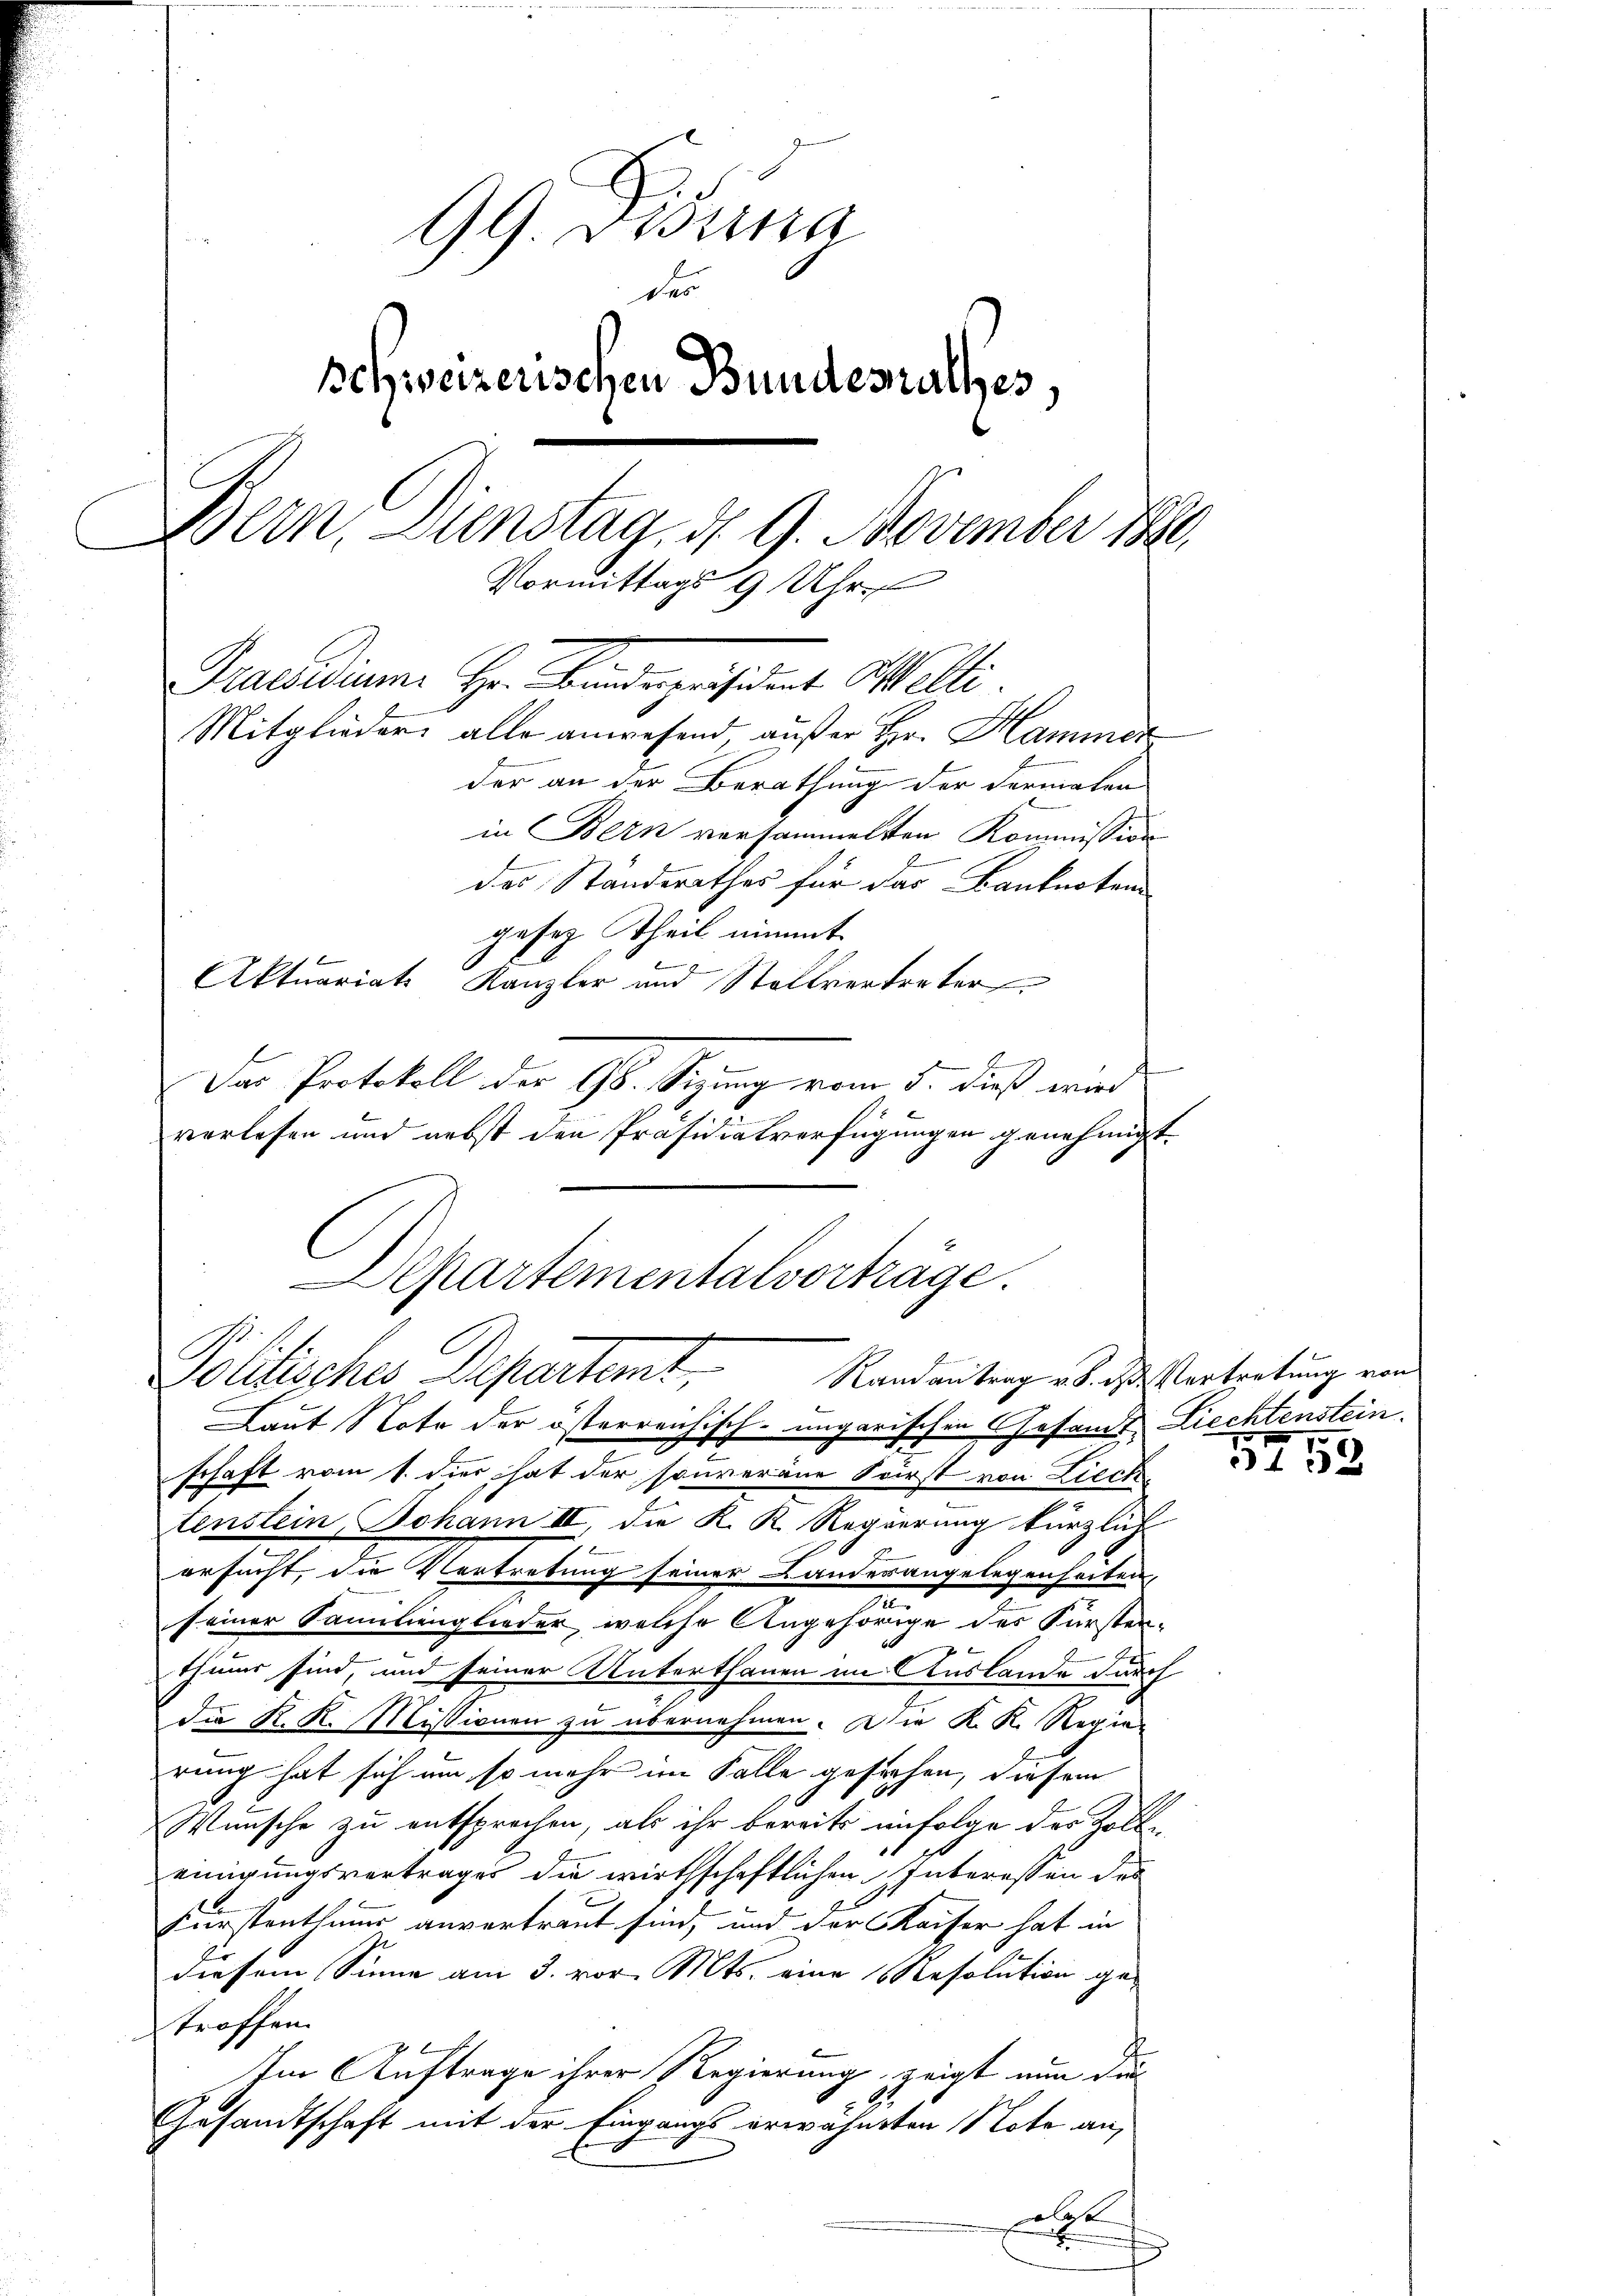
99. Sessina
des
schweizerischen Bundesrathes,
Bern, Dienstag, d. 9. November 1880,
Vormittags 9 Uhr
Pasadium Hr. Bindepräsident Welti.
Mitglieder alle anwesend, außer Hr. Hammer
der an der Berathung der dermalen

in Bern versammelten Kommission
das Standerathes für das Banknoten
gesez Theil nimmt
Aktuariats
Kanzler und Stellvertreter
.
e
Das Protokoll der Gs. Sitzung vom 5. dieß wir
vorlesen und nebst den Präsidialverfügungen genehmigt.
schaft vom 1. dies hat der souveräne Fürst von Liech
tenstein, Johann III, die K. K. Regierung kürzlich
ersucht, die Vertretung seiner Landesangelegenheiten
.
seiner Samilienglieder, welche Angehörige des Fürsten-
f x
thums sind und seiner Unterthanen im Auslande durch
die K. K. Missionen zu übernehmen. Die K. K. Regie
rung hat sich um so mehr im Falle gesuchen, diesem
Wunsche zu entsprochen, als ihr bereits infolge des Zolle
einigungsvertrages die wirthschaftlichen Interessen des
Fürstenthums anvertraut sind, und der Kaiser hat in
diesem Sinne am 3. vor. Mts. eine Resolution getroffen.
Im Auftrage ihrer Regierung zeigt nun die
Gesandtschaft mit der Eingangs erwähnten Note an,
a

Departementalvorträge.
Politisches Departemt,
Randantrag v. 8. des Vertretung von
Laut Note der österreichisch-ungarischen Gesamt Liechtenstein.

5253